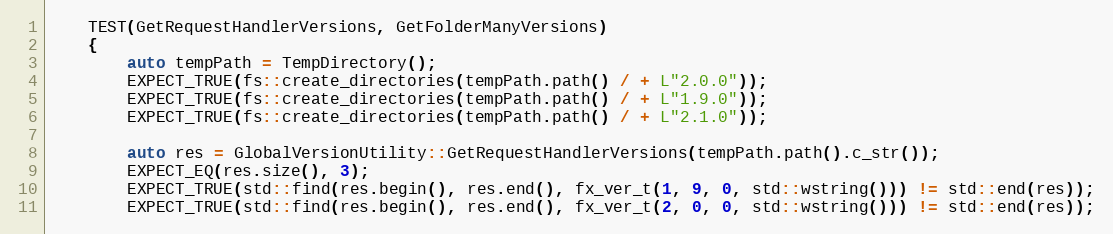
Language: C++
    TEST(GetRequestHandlerVersions, GetFolderManyVersions)
    {
        auto tempPath = TempDirectory();
        EXPECT_TRUE(fs::create_directories(tempPath.path() / + L"2.0.0"));
        EXPECT_TRUE(fs::create_directories(tempPath.path() / + L"1.9.0"));
        EXPECT_TRUE(fs::create_directories(tempPath.path() / + L"2.1.0"));

        auto res = GlobalVersionUtility::GetRequestHandlerVersions(tempPath.path().c_str());
        EXPECT_EQ(res.size(), 3);
        EXPECT_TRUE(std::find(res.begin(), res.end(), fx_ver_t(1, 9, 0, std::wstring())) != std::end(res));
        EXPECT_TRUE(std::find(res.begin(), res.end(), fx_ver_t(2, 0, 0, std::wstring())) != std::end(res));